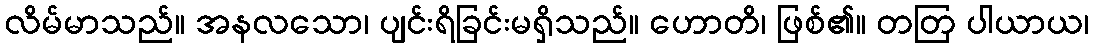
လိမ်မာသည်။ အနလသော၊ ပျင်းရိခြင်းမရှိသည်။ ဟောတိ၊ ဖြစ်၏။ တတြ ပါယာယ၊